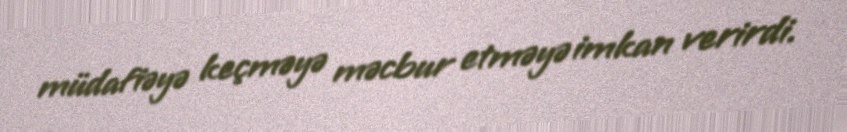
müdafiəyə keçməyə məcbur etməyə imkan verirdi.